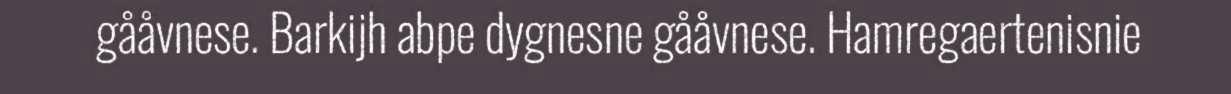
gååvnese. Barkijh abpe dygnesne gååvnese. Hamregaertenisnie